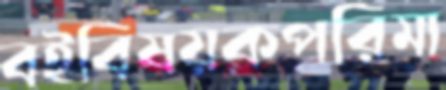
বইবিষয়কপরিমা